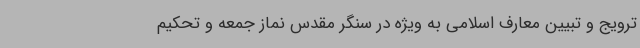
ترویج و تبیین معارف اسلامی به ویژه در سنگر مقدس نماز جمعه و تحکیم